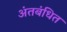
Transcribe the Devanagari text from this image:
अंतबंधित